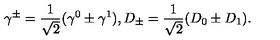
\gamma ^ { \pm } = { \frac { 1 } { \sqrt { 2 } } } ( \gamma ^ { 0 } \pm \gamma ^ { 1 } ) , D _ { \pm } = { \frac { 1 } { \sqrt { 2 } } } ( D _ { 0 } \pm D _ { 1 } ) .